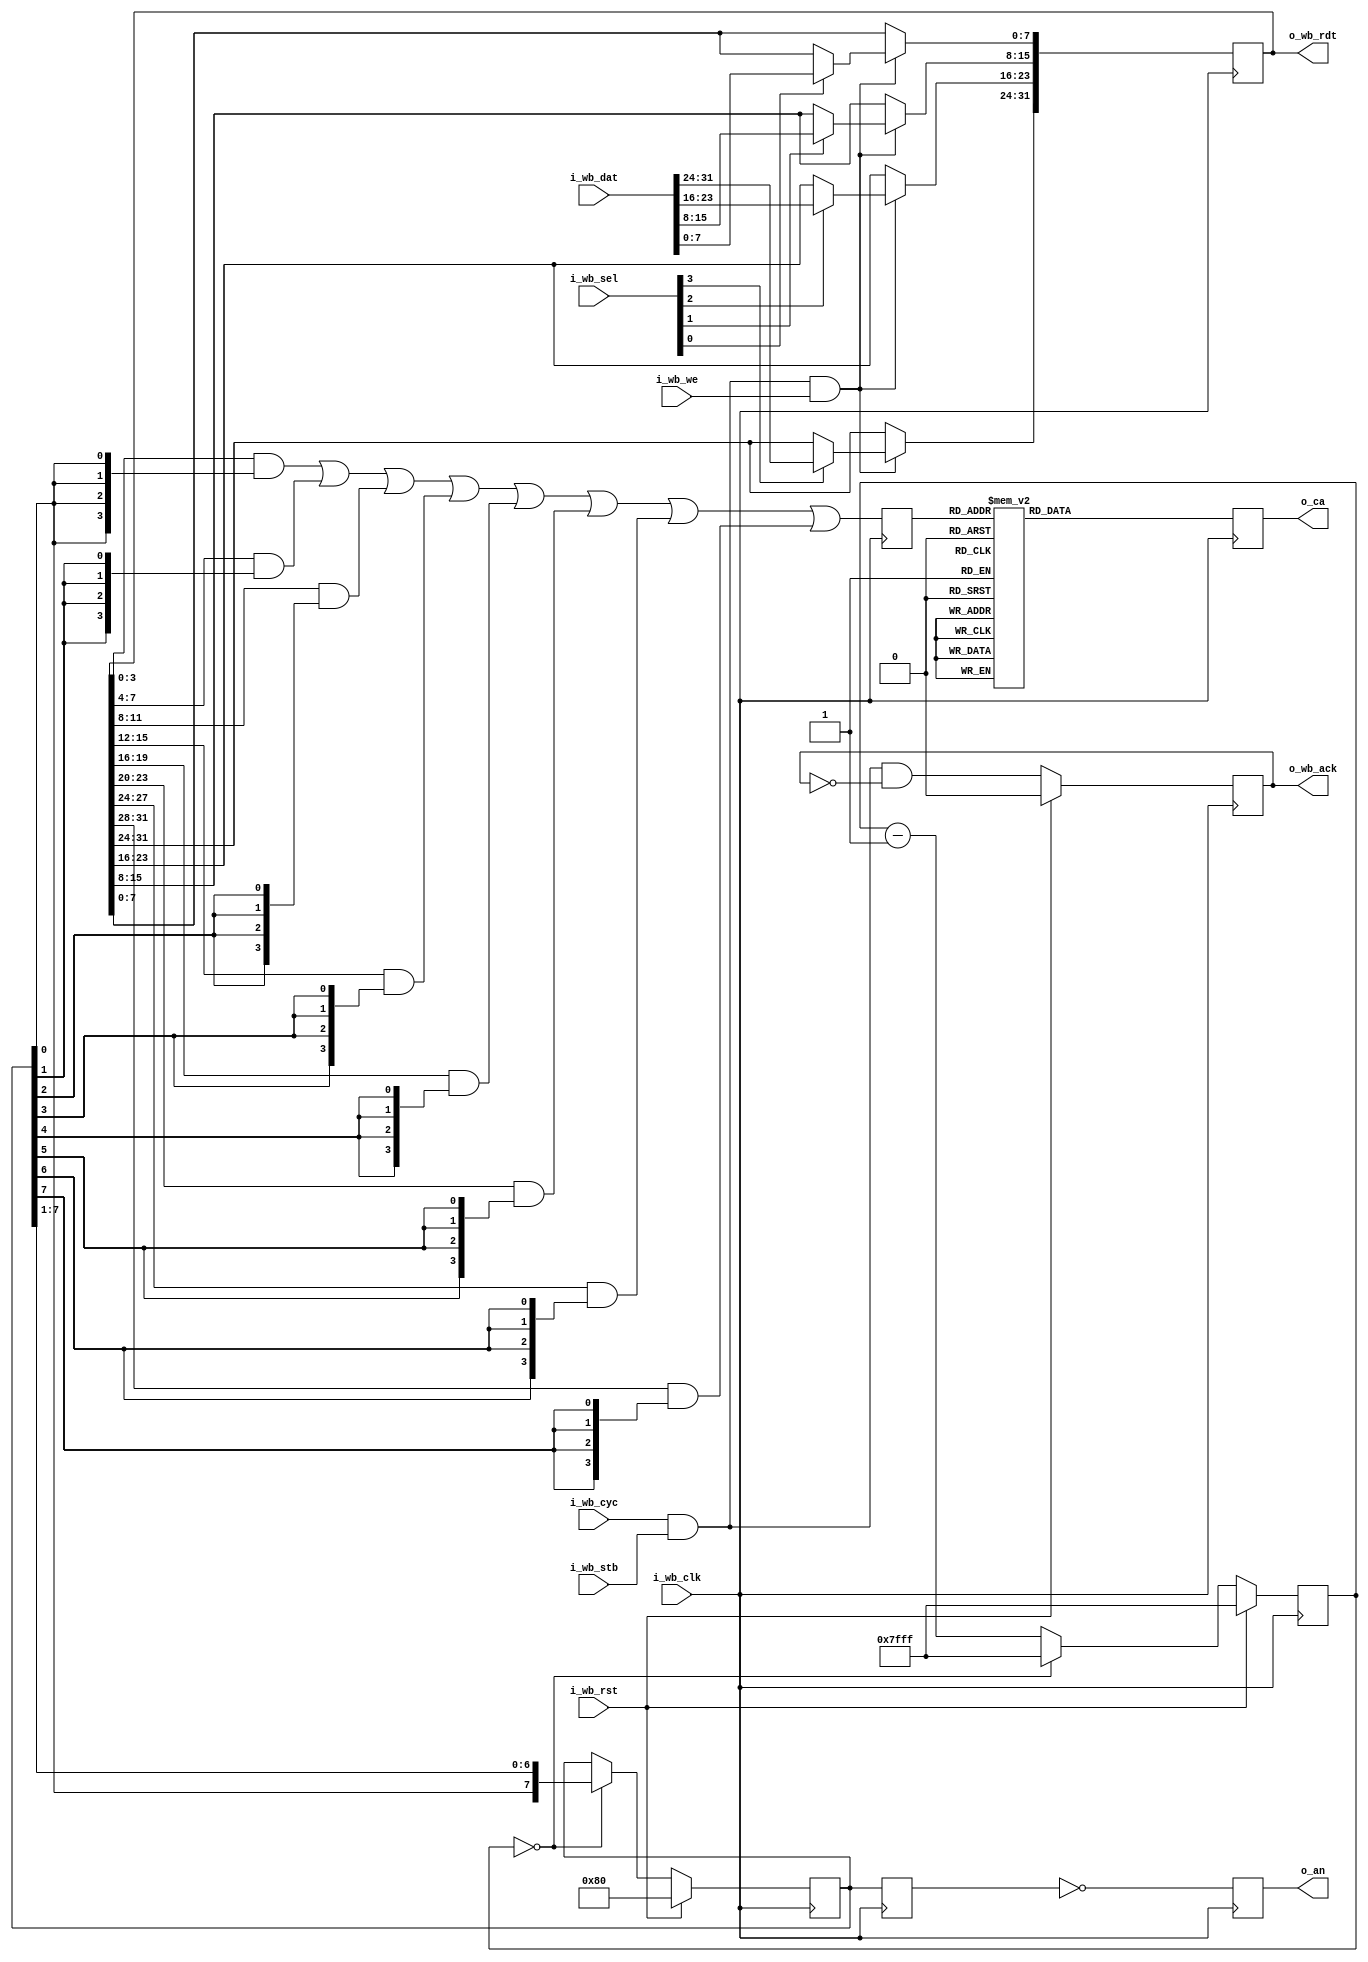
module wb_sevenseg
  #(parameter CNT_VALUE=15'h7fff)
  (
   input wire 	      i_wb_clk,
   input wire 	      i_wb_rst,
   input wire [31:0]  i_wb_dat,
   input wire [3:0]   i_wb_sel,
   input wire 	      i_wb_we,
   input wire 	      i_wb_cyc,
   input wire 	      i_wb_stb,
   output wire [31:0] o_wb_rdt,
   output reg 	      o_wb_ack,
   output reg [6:0]   o_ca,
   output reg [7:0]   o_an);

   reg [14:0] 	    cnt;
   
   reg [7:0] 	    an;
   reg [7:0] 	    an_r;

   reg [3:0] 	    cur_nibble;
   reg [32:0] 	    word;

   assign o_wb_rdt = word;

   always @(posedge i_wb_clk) begin
      an_r <= an;
      o_an <= ~an_r;
      o_wb_ack <= i_wb_cyc & i_wb_stb & !o_wb_ack;
      if (i_wb_cyc & i_wb_stb & i_wb_we) begin
         if (i_wb_sel[0]) word[7:0]   <= i_wb_dat[7:0];
         if (i_wb_sel[1]) word[15:8]  <= i_wb_dat[15:8];
         if (i_wb_sel[2]) word[23:16] <= i_wb_dat[23:16];
         if (i_wb_sel[3]) word[31:24] <= i_wb_dat[31:24];
      end
      if (cnt == 15'd0) begin
         an <= {an[0],an[7:1]};
         cnt <= CNT_VALUE;
      end else begin
         cnt <= cnt - 1;
      end
      cur_nibble <= (word[3:0]   & {4{an[0]}}) |
		    (word[7:4]   & {4{an[1]}}) |
		    (word[11:8]  & {4{an[2]}}) |
		    (word[15:12] & {4{an[3]}}) |
		    (word[19:16] & {4{an[4]}}) |
		    (word[23:20] & {4{an[5]}}) |
		    (word[27:24] & {4{an[6]}}) |
		    (word[31:28] & {4{an[7]}});
      case (cur_nibble)
	4'h0: o_ca <= 7'b1000000;
	4'h1: o_ca <= 7'b1111001;
	4'h2: o_ca <= 7'b0100100;
	4'h3: o_ca <= 7'b0110000;
	4'h4: o_ca <= 7'b0011001;
	4'h5: o_ca <= 7'b0010010;
	4'h6: o_ca <= 7'b0000010;
	4'h7: o_ca <= 7'b1111000;
	4'h8: o_ca <= 7'b0000000;
	4'h9: o_ca <= 7'b0011000;
	4'hA: o_ca <= 7'b0001000;
	4'hB: o_ca <= 7'b0000011;
	4'hC: o_ca <= 7'b1000110;
	4'hD: o_ca <= 7'b0100001;
	4'hE: o_ca <= 7'b0000110;
	4'hF: o_ca <= 7'b0001110;
	default: o_ca <= 7'b1001001;
      endcase
      if (i_wb_rst) begin
         an <= 8'b10000000;
         cnt <= CNT_VALUE;
         o_wb_ack <= 1'b0;
      end
   end

`ifdef WAVEFORM
  // Dump waves
  initial begin
    $dumpfile("dump.vcd");
    $dumpvars(1, wb_sevenseg);
  end
`endif
endmodule